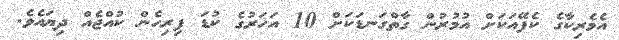
އެމެރިކާގެ ކެފޭއަކަށް އުމުރުން ގާތްގަނޑަކަށް 10 އަހަރުގެ ކުޑަ ފިރިހެން ކުއްޖެއް ދިޔައެވެ.